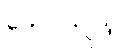
ဟောလိဝုဒ်